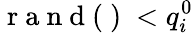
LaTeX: \mathrm{~r~a~n~d~(~)~}<q_{i}^{0}